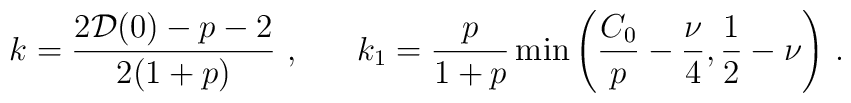
k=\frac{2{\cal D}(0)-p-2}{2(1+p)}\,\,,\,\,\,\,\,\,\,\,\,\,k_1=\frac{p}{1+p}\min\left(\frac{C_0}{p}-\frac{\nu}{4},\frac{1}{2}-\nu\right)\,\mbox{.}